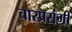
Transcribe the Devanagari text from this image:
चारप्रसंगी